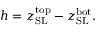
h = z _ { \mathrm { S L } } ^ { \mathrm { t o p } } - z _ { \mathrm { S L } } ^ { \mathrm { b o t } } .